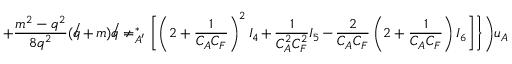
+ \frac { m ^ { 2 } - q ^ { 2 } } { 8 q ^ { 2 } } ( \not q + m ) \not q \not e _ { A ^ { \prime } } ^ { * } \biggl [ \left( 2 + \frac { 1 } { C _ { A } C _ { F } } \right) ^ { 2 } I _ { 4 } + \frac { 1 } { C _ { A } ^ { 2 } C _ { F } ^ { 2 } } I _ { 5 } - \frac { 2 } { C _ { A } C _ { F } } \left( 2 + \frac { 1 } { C _ { A } C _ { F } } \right) I _ { 6 } \biggr ] \biggr \} \biggl ) u _ { A }